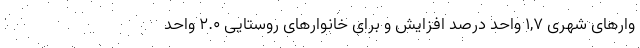
وارهای شهری ١,٧ واحد درصد افزایش و برای خانوارهای روستایی ٢.٠ واحد